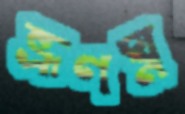
ভ্রূণঘ্ন